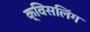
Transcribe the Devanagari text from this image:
क्विसलिंग